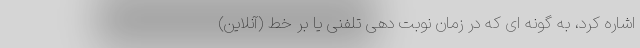
اشاره کرد، به گونه ای که در زمان نوبت دهی تلفنی یا بر خط (آنلاین)